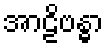
အာဠိဗန္ဓာ